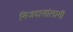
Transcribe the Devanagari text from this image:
निजदासांलागी